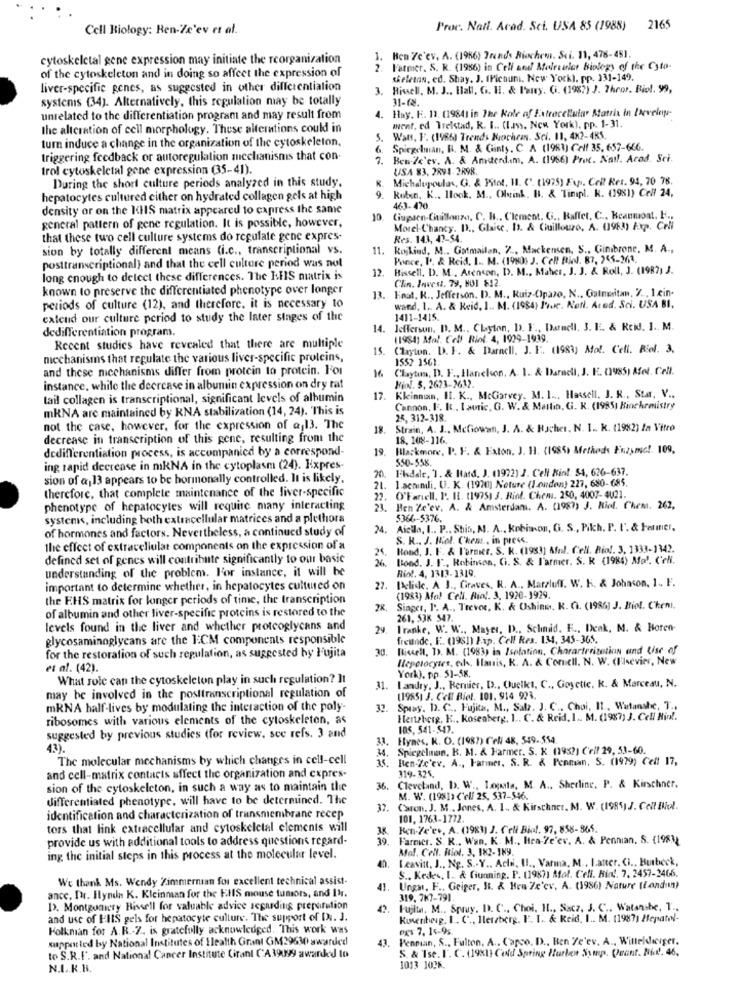
Cell Biology: Ren-Ze'ev et al.
Proc. Natt. Acad. Sci. USA 83 (1988)
2165
cytoskeletal gene expression may initiate the reorganization
. Ben Ze'ev. A. (1986) Trends Biochem. Sci. 11, 478-451.
of the cytoskeleton and in doing so affect the expression of
Farmer, S. R. (1986) in Cell and Molecular Biology of the Cyto-
skeleton, ed. Shay. J. (Pichumi, New York). pp. 131-149.
liver-specific genes, as suggested in other differentiation
3. Hissell, M. J ., Hall, G. H. & Perry. Gi. (1982) J. Thror. Biot. 99,
systems (34). Alternatively, this regulation may be totally
31-18.
4. Hay. H. 13. (19841 in The Role of Extracellular Matrix in Develop-
unrelated to the differentiation program and may result from
the alteration of cell morphology. These alterations could in
went. ed Trelstad, R. I .. (Iss. New York). pp. 1-31.
turn induce a change in the organization of the cytoskeleton.
5. Want, F. (1986) Trends Rochean. Sci. 11, 4x2-485.
Spiegelman, B. M. & Ginty. C. A (1983) Cell 35. 657-666.
triggering feedback or autoregulation mechanisms that con-
7.
Bew.Ze'ev. A. & Amsterdam, A. (1966) Proc. Natl. Arod. Sci.
trol cytoskeletal gene expression (35-41).
USA 83. 2891-2R98.
During the short culture periods analyzed in this study.
R. Michalupoulas, G. & Pitot, II. C'. (1975) Fup. Coll Res. 94, 70 78.
Ruben, K ., Hook. M ., Olink, H1. & Timpl. K. (1981) Cell 24,
hepatocytes cultured cither on hydrated collagen gels at high
density or on the KHIS matrix appeared to capress the same
463- 470.
10.
Liupsen-Guillonzo, C. H .. Clement. G ., Kaffet, C ., Keanuoat, F .,
general pattern of gene regulation. It is possible, however,
Morel-Chancy. D ., Glaise. I. & Guillouze. A. 0963) Exp. Coli
that these two cell culture systems do regulate gene expres-
Res. 143, 47-54.
sion by totally different means (i.c ., transcriptional vs.
11. Kojkind, M .. Gatmailan, Z ., Mackensen, S ., Ginibrone, M. A .,
Prince, I'. & Reid, 1 .. M. (1980) J. Celf Ried. 87, 265-361.
posttranscriptional) and that the cell culture period was not
12.
Hissell. D. M ., Arencon, D. M ., Maher, J. J. & Roll, J. (1987) J.
long enough to detect these differences. The IHIS nutrix is
Chin. Invest. 79, 801 512.
known to preserve the differentiated phenotype over longer
13. Final, K ., Jefferson. D. M ., Ruiz-(pazo, N ., Gatneritan, Z ., I cin-
periods of culture (12), and therefore, it is necessary to
ward, I .. A. & Reid, I .. M. (1984) Prue. Notl. Ared. Sci. USA BI,
extend our culture period to study the later stages of the
1411-1415.
dedifferentiation program.
14. Jefferson, D. M ., Clayton, D. F ., Danell. 3. LE. & Reis. 1 .. M.
(1984) Mol. Cell Riot. 4, 1929-1939.
Recent studies have revealed that there are multiple
15.
Clayton. D. F. & Darnell, J. E. (1983) Mol. Cell. Riel. 3.
mechanisms that regulate the various liver-specific proteins,
1552 1561.
and these mechanisms differ from protein to protein. For
16
Clayton, D. F ., Hanelson, A. 1. & Darnell, J. K. (1985) Afot. Cell.
Fiol. 5. 2673-2612.
instance, while the decrease in albumin expression on dry rat
tail collagen is transcriptional, significant levels of albumin
17.
Kleinnian, Il. K ., McGarvey. M. 1 .., Hassell. J. R ., Sta, V ..
mRNA are maintained by KNA stabilization (14, 24). This is
Cannon, I. I. I auric, G. W. & Martin, G. K. (1985) Biochemistry
25, 312-318.
not the case, however, for the expression of @ 13. The
18.
Strain, A. J ., Meliowan, J. A. & Hacher. N. I. k. (1982) la Vitro
decrease in transcription of this gene, resulting from the
18. 108-116.
dedifferentiation process, is accompanied by a correspond-
19.
Blackmore, P. F. & Exton. J. 11. (1985) Methods Fin25med !. 109.
ing rapid decrease in mkNA in the cytoplasm (24). Expres-
Eksdale, 1. & Hard, J. (1972) J. Cell Kint. 54, 626-637.
sion of a,13 appears to be hormonally controlled. It is likely.
20.
. 1.acmınıli, U. K. (1970) Neture (London) 227, 680-685.
21.
therefore, that complete maintenance of the liver-specific
22. O'Farell, I :. IL. (1975) 3. Riot. Chem. 250, 4007-4021.
phenotype of hepatocytes will require many interacting
21
. Ben Ze'ev. A. & Amsterdams. A. (1987) J. Riol. Chem. 262.
systems, including both extracellular matrices and a plethora
5366-5376.
of hormones and factors. Nevertheless, a continued study of
24.
Aiello, I .. P .. Shis, M. A ., Kobinon, G. S ., Pikh. P. F. & Farmer,
S. R ., J. Mol. Chem ., in press.
the effect of extracellular components on the expression of a
Bond, J. F. & P'ormier. S. K. (1983) Afeil. Cell. Riof. 3, 1333-1342.
defined set of genes will contribute significantly to our basic
Bond. J. F ., Robimen, G. S. & Farmer, S. K (1984) Mol. CeN.
Riot. 4, 1313-1319
understanding of the problem. For instance, it will be
27. [click, A J ., Graves, R. A ., Marzluft. W. K. & Johnson, 1 ., F.
important to determine whether, in hepatocytes cultured on
the EHS matrix for longer periods of time, the transcription
(1983) Me! Cell. Rial. 3. 1920-1929,
of albumin and other liver-specific proteins is restored to the
Singer, P. A ., Trevor, K. & Oshine, K. C. (1986) J. Biol. C'ken !.
261, 538 547.
levels found in the liver and whether proteoglycans and
29. T'ranke, W. W ., Mayer, D ., Schnid. F ., Denk, M. & Horen-
glycosaminoglycans are the 1:CM components responsible
freunde, F. (1981) I.p. Cell Res. 134, 343-365.
30.
Riscell, D. M. (1983) in Isolation, Characterization and Use of
for the restoration of such regulation, as suggested by I'ujita
Hlepetocytes, eds, Hanis, K. A. & Concil. N. W. (Flevier, New
et al. (42).
York). pp. 51-58.
What role can the cytoskeleton play in such regulation? It
31. Landry, J ., Renier, D ., Quelkt, C ., Goyette. k. & Marceau, N.
may be involved in the posttranscriptional regulation of
(1955) J. Cell Biol. 101. 914 923.
mRNA half-lives by modulating the interaction of the poly-
32.
Spray. D. C ., Fujita, M ., Sala. J. C ., Choi, Il ., Watanste, T' ..
ribosomes with various elements of the cytoskeleton, as
Hertzberg, K ., Koseaberg, 1 .. C. & Reid, 1 .. M. (1987) J. Cell Hin !.
105. 541-547.
suggested by previous studies (for review, see refs. 3 and
31.
Hynes, K. O. (1987) Cell 48, 549 .. 554.
43).
34. Spiegelman, B. M. & Farmer, 5. K (1982] ('rif 29, 53-60.
The molecular mechanisms by which changes in cell-cell
35. Ben-7c'ev. A ., Farmer, S. R. & Penman, S. (1979) Cell 17,
319-324.
and cell-matrix contacts affect the organization and expres-
sion of the cytoskeleton, in such a way as to maintain the
36.
Cleveland, b. W ., Lopata, M. A ., Sherline, P. & Kirschner.
differentiated phenotype, will have to be determined. The
M. W. (1981) Cell 25, 537-546.
37.
Caron. J. M .. Jones, A. 1 ., & Kirschner. M. W. (1985) J. Cell Biol.
identification and characterization of transmembrane recep
101. 1763-1772.
tors that link extracellular and cytoskeletal elements will
Ren-7e'ev, A. (1983) J. Cell Biol. 97, 858-366.
provide us with additional tools to address questions regard-
39.
Farmer. S. R ., Wan. K. M ., Hea-7e'er, A. & Pennian. S. (1983)
Mal. Cell. Biol. 3. 182- 189.
ing the initial steps in this process at the molecular level.
Leavitt, J ., Ng. S .. Y .. Acti, II ., Varma, M ., Latter. Ci ., Butbeck,
S ., Kedes, I. & Giunning. P. (19871 Mol. Cell. Hin !. 7, 2457-2466.
We thank Ms. Wendy Zimmernian for excellent technical assist-
41.
Unga, F ., Geiger, It. & Hra-Ze'ev. A. (1986) Nature (london)
ance, INr. Hlynn K. Kleinman for the EHS mouse tumors, and INr.
319, 787-791.
D). Montgomery Bissell for valuable advice regarding preperation
Falta, M ., Spuy, D. C ., Choi, IL ., Sacz, J. C .. Watanabe, T .,
and use of I'llS gels for hepatocyte culture. The support of Di. J.
Rosenberg, I. C ., Herzberg. F. I. & Reid, I .. M. (1987) Hepatol-
Folkman for A.R .- 7 .. is gratefully acknowledged. This work was
DET 7, 14-95.
supported by National Institutes of Health Grant GM29630 awarded
43.
Penman, S ., Fulton. A ., Capco. D ., Ben Ze'ev. A ., Willeldiciger.
S. & Tse. I. C. (1981) Cold Spring Hurben Symp. Quant. Nic !. 46,
to S.R.I. and National Cancer Institute Cirant CA39099 awarded to
N.I. R.B.
1013 1025.